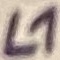
Text: L1